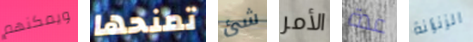
ويمكنهم تمنحها شئ الأمر عدة الزنزانة